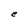
Character: e